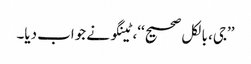
’’جی، بالکل صحیح‘‘، ٹینگو نے جواب دیا۔